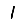
Digit: 1